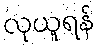
လုယူရန်